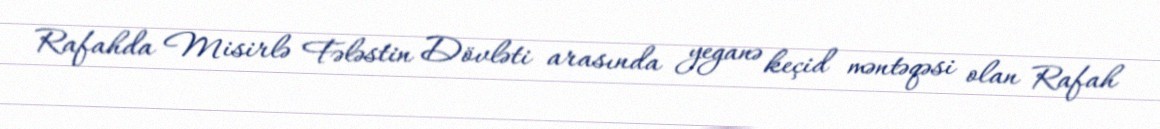
Rafahda Misirlə Fələstin Dövləti arasında yeganə keçid məntəqəsi olan Rafah